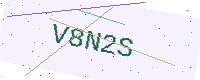
Text: V8N2S